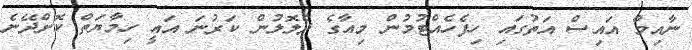
ނާއިމް އައިސް އަތުގައި ހިފެހެއްޓުމުން މިއާގެ ދެލޮލުން ކަރުނަ އައީ ހިމާޔަތް ކޮށްދޭނެ